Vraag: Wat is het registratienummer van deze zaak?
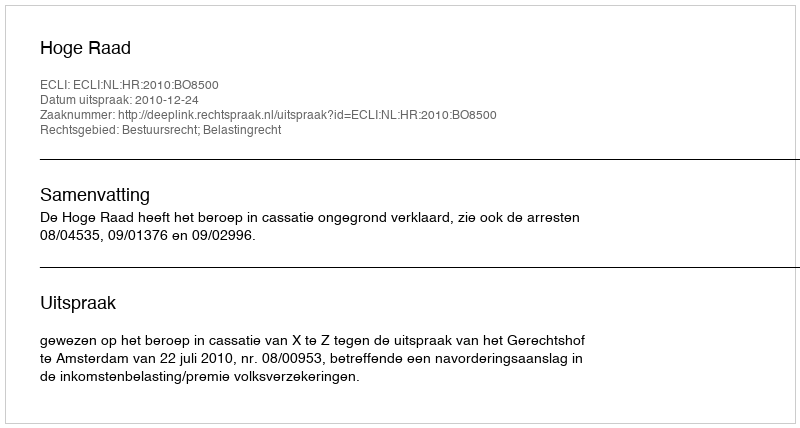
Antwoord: http://deeplink.rechtspraak.nl/uitspraak?id=ECLI:NL:HR:2010:BO8500